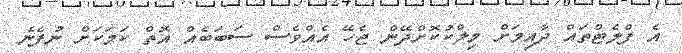
އެ ފްލެޓްތައް ދާއިމަށް މިލްކުކޮށްދޭން ޖެހޭ އެއްވެސް ސަބަބެއް އޮތް ކަމަކަށް ނުފެނެ